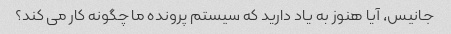
جانیس، آیا هنوز به یاد دارید که سیستم پرونده ما چگونه کار می کند؟